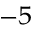
^ { - 5 }